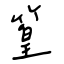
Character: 篁